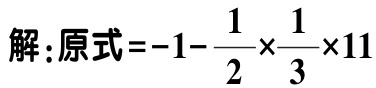
解：原式\(=-1-\frac{1}{2}\times\frac{1}{3}\times11\)